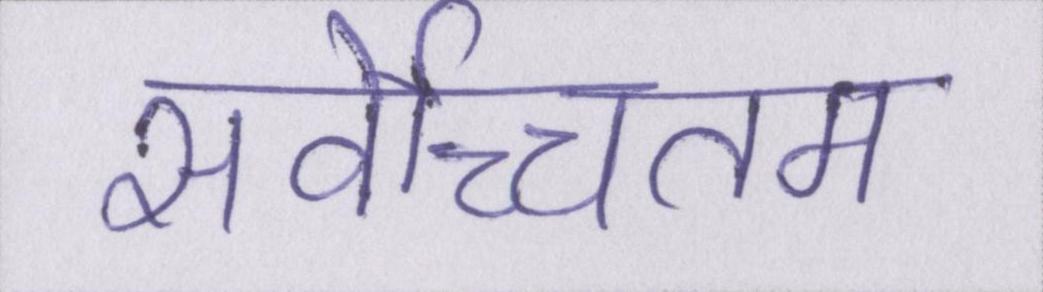
सर्वोच्चतम